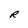
Character: R